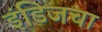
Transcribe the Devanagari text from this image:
इंडिजचा